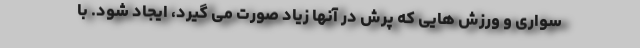
سواری و ورزش هایی که پرش در آنها زیاد صورت می گیرد، ایجاد شود. با